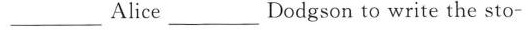
___Alice ___ Dodgson to write the sto-